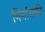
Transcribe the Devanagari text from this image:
निर्नायकी